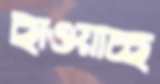
ছাওয়াচ্ছ